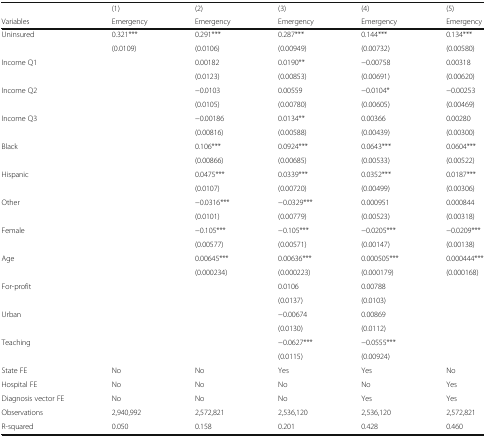
<table><thead><tr><td></td><td><b>(1)</b></td><td><b>(2)</b></td><td><b>(3)</b></td><td><b>(4)</b></td><td><b>(5)</b></td></tr><tr><td><b>Variables</b></td><td><b>Emergency</b></td><td><b>Emergency</b></td><td><b>Emergency</b></td><td><b>Emergency</b></td><td><b>Emergency</b></td></tr></thead><tbody><tr><td rowspan="2">Uninsured</td><td>0.321***</td><td>0.291***</td><td>0.287***</td><td>0.144***</td><td>0.134***</td></tr><tr><td>(0.0109)</td><td>(0.0106)</td><td>(0.00949)</td><td>(0.00732)</td><td>(0.00580)</td></tr><tr><td rowspan="2">Income Q1</td><td></td><td>0.00182</td><td>0.0190**</td><td>−0.00758</td><td>0.00318</td></tr><tr><td></td><td>(0.0123)</td><td>(0.00853)</td><td>(0.00691)</td><td>(0.00620)</td></tr><tr><td rowspan="2">Income Q2</td><td></td><td>−0.0103</td><td>0.00559</td><td>−0.0104*</td><td>−0.00253</td></tr><tr><td></td><td>(0.0105)</td><td>(0.00780)</td><td>(0.00605)</td><td>(0.00469)</td></tr><tr><td rowspan="2">Income Q3</td><td></td><td>−0.00186</td><td>0.0134**</td><td>0.00366</td><td>0.00280</td></tr><tr><td></td><td>(0.00816)</td><td>(0.00588)</td><td>(0.00439)</td><td>(0.00300)</td></tr><tr><td rowspan="2">Black</td><td></td><td>0.106***</td><td>0.0924***</td><td>0.0643***</td><td>0.0604***</td></tr><tr><td></td><td>(0.00866)</td><td>(0.00685)</td><td>(0.00533)</td><td>(0.00522)</td></tr><tr><td rowspan="2">Hispanic</td><td></td><td>0.0475***</td><td>0.0339***</td><td>0.0352***</td><td>0.0187***</td></tr><tr><td></td><td>(0.0107)</td><td>(0.00720)</td><td>(0.00499)</td><td>(0.00306)</td></tr><tr><td rowspan="2">Other</td><td></td><td>−0.0316***</td><td>−0.0329***</td><td>0.000951</td><td>0.000844</td></tr><tr><td></td><td>(0.0101)</td><td>(0.00779)</td><td>(0.00523)</td><td>(0.00318)</td></tr><tr><td rowspan="2">Female</td><td></td><td>−0.105***</td><td>−0.105***</td><td>−0.0205***</td><td>−0.0209***</td></tr><tr><td></td><td>(0.00577)</td><td>(0.00571)</td><td>(0.00147)</td><td>(0.00138)</td></tr><tr><td rowspan="2">Age</td><td></td><td>0.00645***</td><td>0.00636***</td><td>0.000505***</td><td>0.000444***</td></tr><tr><td></td><td>(0.000234)</td><td>(0.000223)</td><td>(0.000179)</td><td>(0.000168)</td></tr><tr><td rowspan="2">For-profit</td><td></td><td></td><td>0.0106</td><td>0.00788</td><td></td></tr><tr><td></td><td></td><td>(0.0137)</td><td>(0.0103)</td><td></td></tr><tr><td rowspan="2">Urban</td><td></td><td></td><td>−0.00674</td><td>0.00869</td><td></td></tr><tr><td></td><td></td><td>(0.0130)</td><td>(0.0112)</td><td></td></tr><tr><td rowspan="2">Teaching</td><td></td><td></td><td>−0.0627***</td><td>−0.0555***</td><td></td></tr><tr><td></td><td></td><td>(0.0115)</td><td>(0.00924)</td><td></td></tr><tr><td>State FE</td><td>No</td><td>No</td><td>Yes</td><td>Yes</td><td>No</td></tr><tr><td>Hospital FE</td><td>No</td><td>No</td><td>No</td><td>No</td><td>Yes</td></tr><tr><td>Diagnosis vector FE</td><td>No</td><td>No</td><td>No</td><td>Yes</td><td>Yes</td></tr><tr><td>Observations</td><td>2,940,992</td><td>2,572,821</td><td>2,536,120</td><td>2,536,120</td><td>2,572,821</td></tr><tr><td>R-squared</td><td>0.050</td><td>0.158</td><td>0.201</td><td>0.428</td><td>0.460</td></tr></tbody></table>